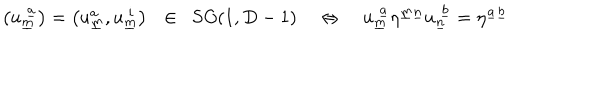
LaTeX: \left( u _ { \underline { { { m } } } } ^ { ~ \underline { { { a } } } } \right) = \left( u _ { \underline { { { m } } } } ^ { a } , u _ { \underline { { { m } } } } ^ { ~ i } \right) ~ ~ \in ~ ~ S O ( 1 , D - 1 ) ~ \Leftrightarrow ~ u _ { \underline { { { m } } } } ^ { ~ \underline { { { a } } } } \eta ^ { \underline { { { m } } } \underline { { { n } } } } u _ { \underline { { { n } } } } ^ { ~ \underline { { { b } } } } = \eta ^ { \underline { { { a } } } \underline { { { b } } } }